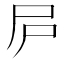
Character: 𡰲